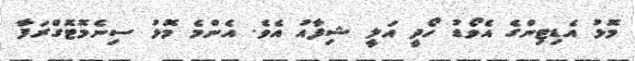
މޮޅު އެޑިޓިންގެ އެވޯޑު ހޯދީ އަލީ ޝިފާއު އެވެ. އެންމެ މޮޅު ސިނެމޮޓޮގްރަފާ